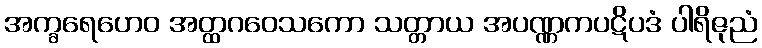
အက္ခရေဟေဝ အတ္ထဂဝေသကော သတ္တာယ အပဏ္ဏကပဋိပဒံ ပါရိဇုညံ